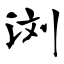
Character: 浏